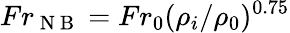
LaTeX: Fr_{\mathrm{~N~B~}}=Fr_{0}(\rho_{i}/\rho_{0})^{0.75}